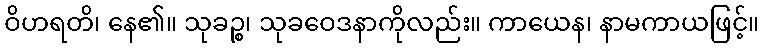
ဝိဟရတိ၊ နေ၏။ သုခဉ္စ၊ သုခဝေဒနာကိုလည်း။ ကာယေန၊ နာမကာယဖြင့်။